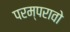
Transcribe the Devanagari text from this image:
परम्परावो